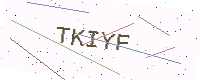
Text: TKIYF